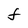
Character: F